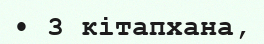
• 3 кітапхана,